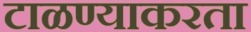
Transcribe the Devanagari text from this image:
टाळण्याकरता